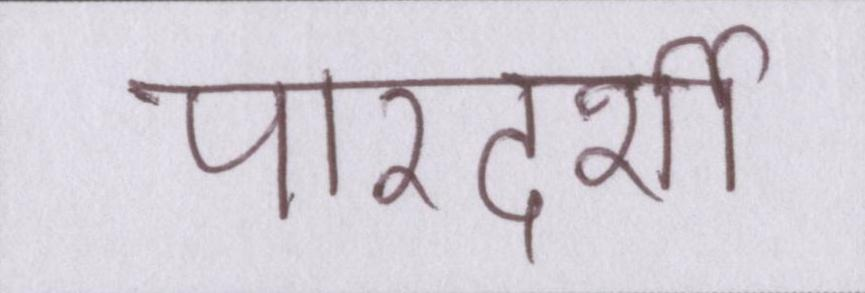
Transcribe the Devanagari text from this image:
पारदर्शी